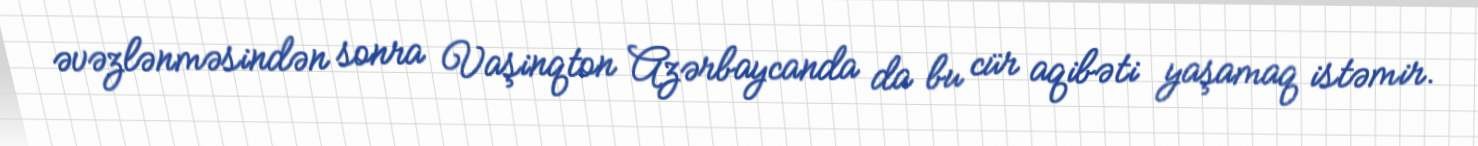
əvəzlənməsindən sonra Vaşinqton Azərbaycanda da bu cür aqibəti yaşamaq istəmir.